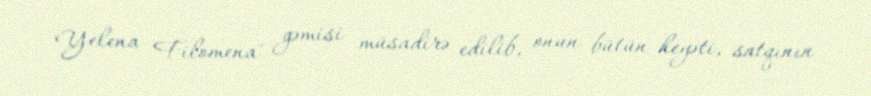
Yelena Filomena" gəmisi müsadirə edilib, onun bütün heyəti, satqının